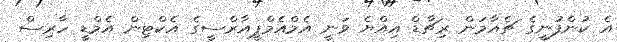
އެ ކުންފުނީގެ ޗެއާމަން ރިޗާޑް އިއްޔެ ވަނީ އެމްއެމްޕީއާރްސީގެ އެކްޓިން އެމްޑީ ހާރިސް